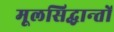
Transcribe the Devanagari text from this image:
मूलसिद्धान्‍तों